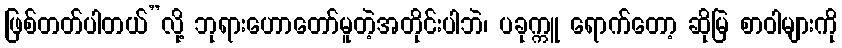
ဖြစ်တတ်ပါတယ်”လို့ ဘုရားဟောတော်မူတဲ့အတိုင်းပါဘဲ၊ ပခုက္ကူ ရောက်တော့ ဆိုမြဲ စာဝါများကို